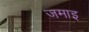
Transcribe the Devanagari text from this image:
जमाइ